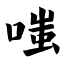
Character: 嗤